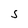
Character: S